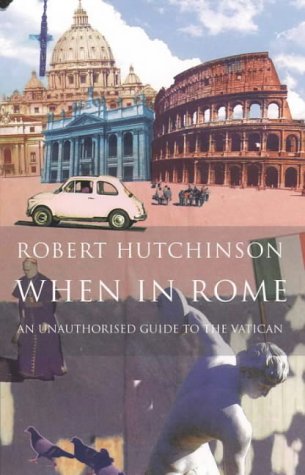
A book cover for When in Rome; Hutchinson. Robert.; Travel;